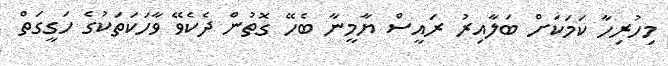
މިހުރިހާ ކަމަކަށް ބަލާއިރު ރައީސް ޔާމީނާ ބެހޭ ގޮތުން ދެކެވޭ ވާހަކަތަކުގެ ހަގީގަތް